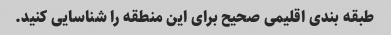
طبقه بندی اقلیمی صحیح برای این منطقه را شناسایی کنید.